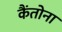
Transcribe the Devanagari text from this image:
कैंतोना